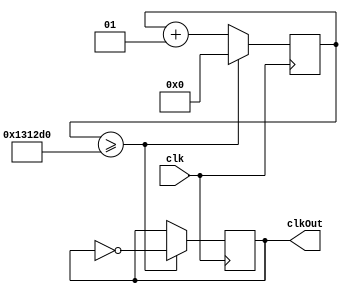
module Clock50ms(clk, clkOut);
	parameter delay = 1;
	input clk;
	output reg clkOut;
	
	integer count;
	integer interval = 1250000; 
	
	// 1 250 000 - 50 ms
	// 2 500 000 - 100 ms
	
	always @(posedge clk) begin
		count <= count+1;
		
		if (count >= delay*interval) begin
			count <= 0;
			clkOut <= ~clkOut;
		end
	end
endmodule